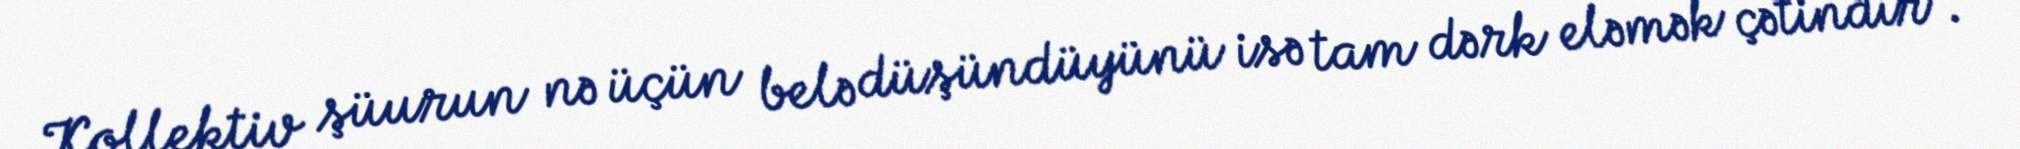
Kollektiv şüurun nə üçün belə düşündüyünü isə tam dərk eləmək çətindir”.